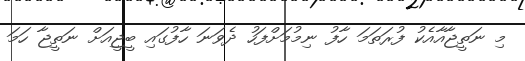
މި ނަތީޖާއާއެކު ފުރަތަމަ ހާފު ނިމުމަށްފަހު ދެވަނަ ހާފުގައި ބީޖީއަށް ނަތީޖާ ހަމަ